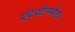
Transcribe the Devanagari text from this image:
एंटरटेनमेंट।